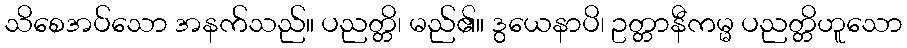
သိစေအပ်သော အနက်သည်။ ပညတ္တိ၊ မည်၏။ ဒွယေနာပိ၊ ဥတ္တာနီကမ္မ ပညတ္တိဟူသော